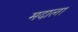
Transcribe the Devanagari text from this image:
मदाला